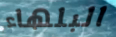
البلهاء